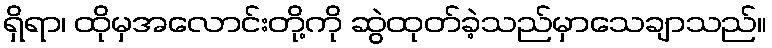
ရှိရာ၊ ထိုမှအလောင်းတို့ကို ဆွဲထုတ်ခဲ့သည်မှာသေချာသည်။